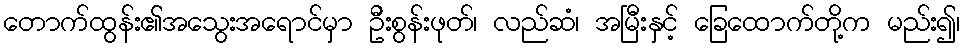
တောက်ထွန်း၏အသွေးအရောင်မှာ ဦးစွန်းဖုတ်၊ လည်ဆံ၊ အမြီးနှင့် ခြေထောက်တို့က မည်း၍၊